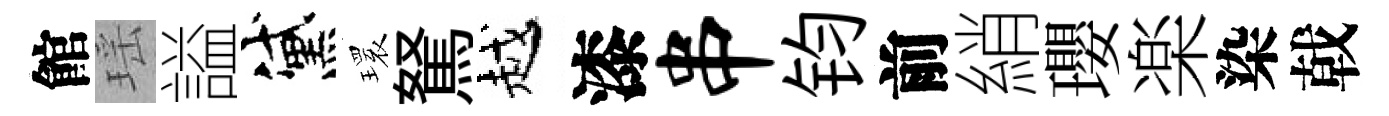
館瑶謚黛𤨔駑越漆串钧前綃瓔楽染戟